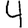
Digit: 4